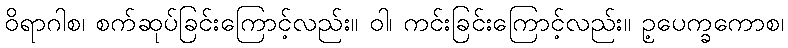
ဝိရာဂါစ၊ စက်ဆုပ်ခြင်းကြောင့်လည်း။ ဝါ၊ ကင်းခြင်းကြောင့်လည်း။ ဥ့ပေက္ခကောစ၊